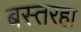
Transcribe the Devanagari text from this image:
बस्तरहा